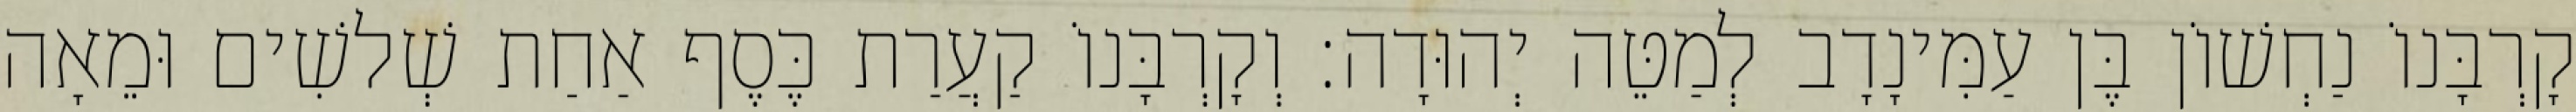
קָרְבָּנוֹ נַחְשׁוֹן בֶּן עַמִּינָדָב לְמַטֵּה יְהוּדָה׃ וְקָרְבָּנוֹ קַעֲרַת כֶּסֶף אַחַת שְׁלשִׁים וּמֵאָה